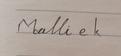
Signature authenticity: forged